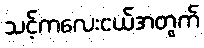
သင့်ကလေးငယ်အတွက်